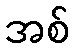
အစ်